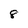
Character: 8